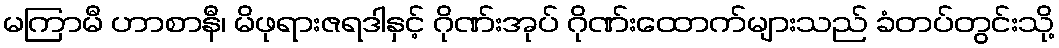
မကြာမီ ဟာစာနီ၊ မိဖုရားဇရဒါနှင့် ဂိုဏ်းအုပ် ဂိုဏ်းထောက်များသည် ခံတပ်တွင်းသို့